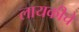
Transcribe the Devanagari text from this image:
लायकीचे